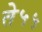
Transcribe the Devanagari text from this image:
ते५५